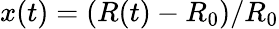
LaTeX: x(t)=\left(R(t)-R_{0}\right)/R_{0}